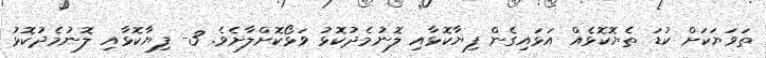
ތަވަޔަކަށް ކުޑަ ތެޔޮކޮޅެއް އަޅައިގެން ފިޔާކޮޅާއި ލޮނުމެދުކޮޅު ވަޅޯކޮށްލާށެވެ. 3- ފިޔާކޮޅާއި ލޮނުމެދުކޮޅު